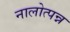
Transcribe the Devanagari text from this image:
नालोत्पन्न